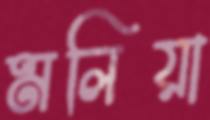
মলিয়া